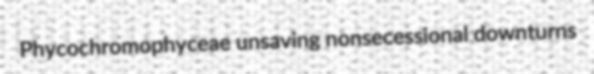
Phycochromophyceae unsaving nonsecessional downturns